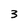
Character: 3